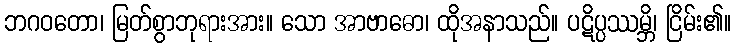
ဘဂဝတော၊ မြတ်စွာဘုရားအား။ သော အာဗာဓော၊ ထိုအနာသည်။ ပဋိပ္ပဿမ္ဘိ၊ ငြိမ်း၏။